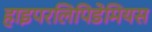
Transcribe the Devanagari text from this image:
हाइपरलिपिडेमियस